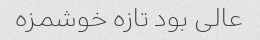
عالی بود تازه خوشمزه